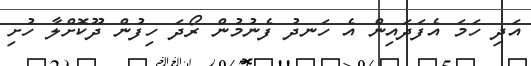
އަދި ހަމަ އެފަދައިން އެ ހަނދު ފެނުމުން ރޯދަ ހިފުން ދޫކޮށްލާ ހުށި